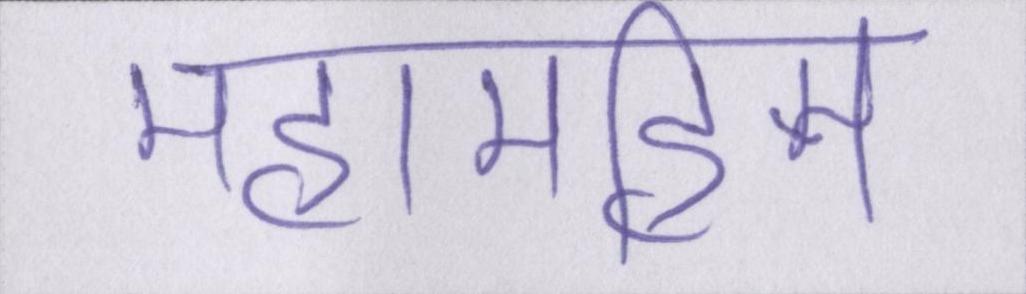
महामहिम